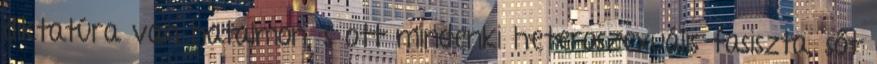
diktatúra van hatalmon, s ott mindenki heteroszexuális fasiszta, sőt